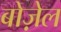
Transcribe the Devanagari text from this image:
बोज़ेल